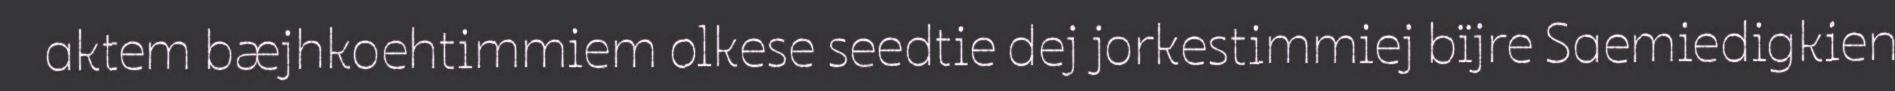
aktem bæjhkoehtimmiem olkese seedtie dej jorkestimmiej bïjre Saemiedigkien